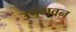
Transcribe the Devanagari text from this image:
उपभवन